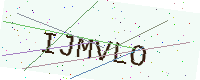
Text: IJMVLO